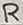
Text: R